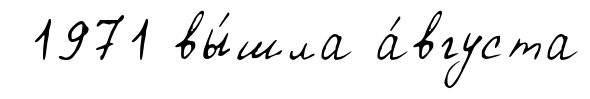
1971 вы́шла а́вгуста